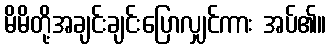
မိမိတို့အချင်းချင်းပြောလျှင်ကား အပ်၏။